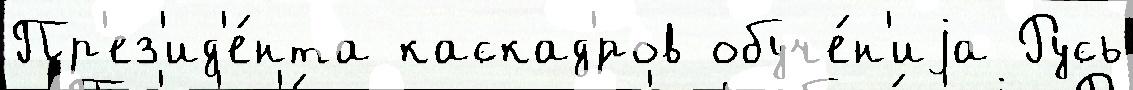
Пр'ез'ид'е́нта каскад'́ров обуче́н'иjа Русь